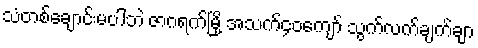
သံတစ်ချောင်းမပါဘဲ ဇာဂရက်မြို့ အသက်၄၀ကျော် သွက်လက်ချက်ချာ